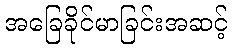
အခြေခိုင်မာခြင်းအဆင့်